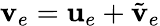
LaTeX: \textbf{v}_{e}=\textbf{u}_{e}+\tilde{\textbf{v}}_{e}